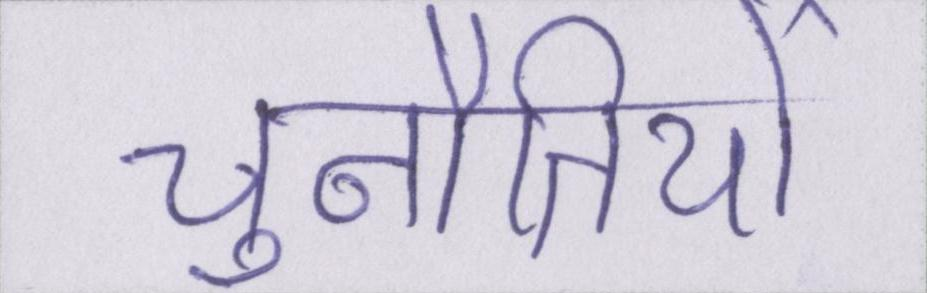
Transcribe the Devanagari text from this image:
चुनौतियों